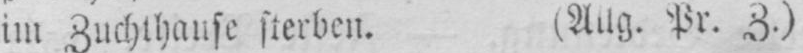
im Zuchthause sterben. (Allg. Pr. Z.)